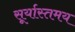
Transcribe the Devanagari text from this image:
सूर्यास्तमय